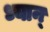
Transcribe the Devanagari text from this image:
ध्यान्